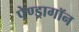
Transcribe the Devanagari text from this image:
पेण्ड्रागॉन